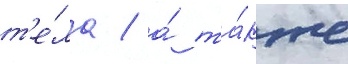
т'е́ла / а́ та́кже